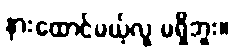
နားထောင်မယ့်လူ မရှိဘူး။